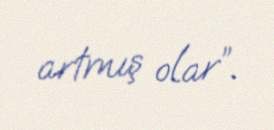
artmış olar”.